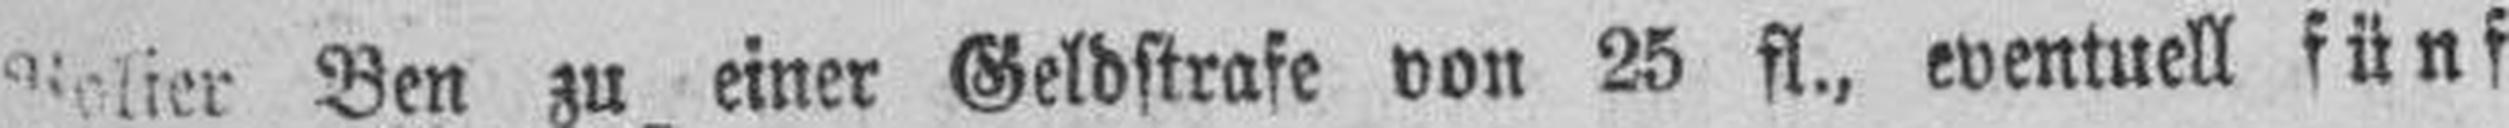
Polier Ben zu einer Geldstrafe von 25 fl., eventuell fünf